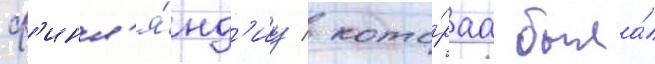
ф'инл'я́нд'иу / кото́раа была́